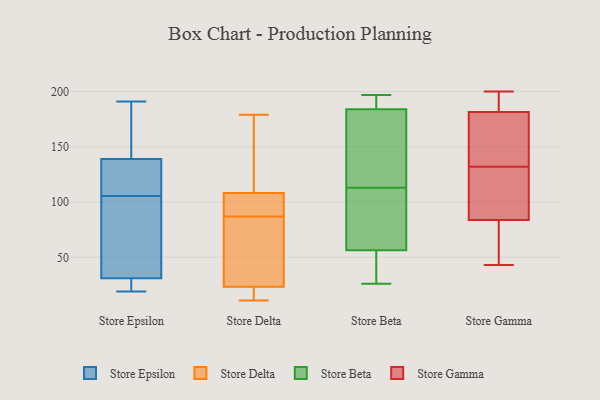
{"axis": {"x": "Operating Costs (USD K)", "y": "Value"}, "legend": ["Store Beta", "Store Delta", "Store Epsilon", "Store Gamma"], "data": [{"x": "", "y": 43, "type": "Store Epsilon"}, {"x": "", "y": 96, "type": "Store Epsilon"}, {"x": "", "y": 174, "type": "Store Epsilon"}, {"x": "", "y": 23, "type": "Store Epsilon"}, {"x": "", "y": 151, "type": "Store Epsilon"}, {"x": "", "y": 182, "type": "Store Epsilon"}, {"x": "", "y": 35, "type": "Store Epsilon"}, {"x": "", "y": 94, "type": "Store Epsilon"}, {"x": "", "y": 75, "type": "Store Epsilon"}, {"x": "", "y": 19, "type": "Store Epsilon"}, {"x": "", "y": 115, "type": "Store Epsilon"}, {"x": "", "y": 27, "type": "Store Epsilon"}, {"x": "", "y": 191, "type": "Store Epsilon"}, {"x": "", "y": 122, "type": "Store Epsilon"}, {"x": "", "y": 143, "type": "Store Epsilon"}, {"x": "", "y": 135, "type": "Store Epsilon"}, {"x": "", "y": 25, "type": "Store Epsilon"}, {"x": "", "y": 116, "type": "Store Epsilon"}, {"x": "", "y": 19, "type": "Store Epsilon"}, {"x": "", "y": 115, "type": "Store Epsilon"}, {"x": "", "y": 101, "type": "Store Delta"}, {"x": "", "y": 11, "type": "Store Delta"}, {"x": "", "y": 30, "type": "Store Delta"}, {"x": "", "y": 87, "type": "Store Delta"}, {"x": "", "y": 87, "type": "Store Delta"}, {"x": "", "y": 21, "type": "Store Delta"}, {"x": "", "y": 106, "type": "Store Delta"}, {"x": "", "y": 109, "type": "Store Delta"}, {"x": "", "y": 17, "type": "Store Delta"}, {"x": "", "y": 179, "type": "Store Delta"}, {"x": "", "y": 175, "type": "Store Delta"}, {"x": "", "y": 184, "type": "Store Beta"}, {"x": "", "y": 26, "type": "Store Beta"}, {"x": "", "y": 28, "type": "Store Beta"}, {"x": "", "y": 162, "type": "Store Beta"}, {"x": "", "y": 185, "type": "Store Beta"}, {"x": "", "y": 100, "type": "Store Beta"}, {"x": "", "y": 86, "type": "Store Beta"}, {"x": "", "y": 70, "type": "Store Beta"}, {"x": "", "y": 46, "type": "Store Beta"}, {"x": "", "y": 60, "type": "Store Beta"}, {"x": "", "y": 195, "type": "Store Beta"}, {"x": "", "y": 197, "type": "Store Beta"}, {"x": "", "y": 113, "type": "Store Beta"}, {"x": "", "y": 121, "type": "Store Beta"}, {"x": "", "y": 184, "type": "Store Beta"}, {"x": "", "y": 146, "type": "Store Beta"}, {"x": "", "y": 35, "type": "Store Beta"}, {"x": "", "y": 76, "type": "Store Gamma"}, {"x": "", "y": 197, "type": "Store Gamma"}, {"x": "", "y": 107, "type": "Store Gamma"}, {"x": "", "y": 187, "type": "Store Gamma"}, {"x": "", "y": 199, "type": "Store Gamma"}, {"x": "", "y": 113, "type": "Store Gamma"}, {"x": "", "y": 132, "type": "Store Gamma"}, {"x": "", "y": 200, "type": "Store Gamma"}, {"x": "", "y": 44, "type": "Store Gamma"}, {"x": "", "y": 165, "type": "Store Gamma"}, {"x": "", "y": 57, "type": "Store Gamma"}, {"x": "", "y": 162, "type": "Store Gamma"}, {"x": "", "y": 43, "type": "Store Gamma"}, {"x": "", "y": 118, "type": "Store Gamma"}, {"x": "", "y": 138, "type": "Store Gamma"}]}